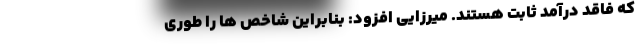
که فاقد درآمد ثابت هستند. میرزایی افزود: بنابراین شاخص ها را طوری